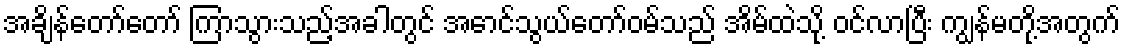
အချိန်တော်တော် ကြာသွားသည့်အခါတွင် အောင်သွယ်တော်ဝမ်သည် အိမ်ထဲသို့ ဝင်လာပြီး ကျွန်မတို့အတွက်